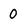
Character: 0